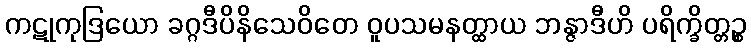
ကဋုကုဒြယော ခဂ္ဂဒီပိနိသေဝိတေ ဝူပသမနတ္ထာယ ဘန္ဇာဒီဟိ ပရိက္ခိတ္တဉ္စ